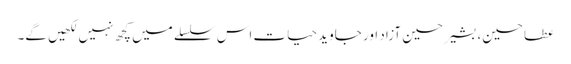
عطا حسین، بشیر حسین آزاد اور جاوید حیات اس سلسلے میں کچھ نہیں لکھیں گے۔